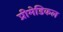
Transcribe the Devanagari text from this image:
प्रीमेडिकल